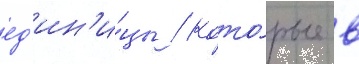
ед'ин'и́цы / кото́рые в